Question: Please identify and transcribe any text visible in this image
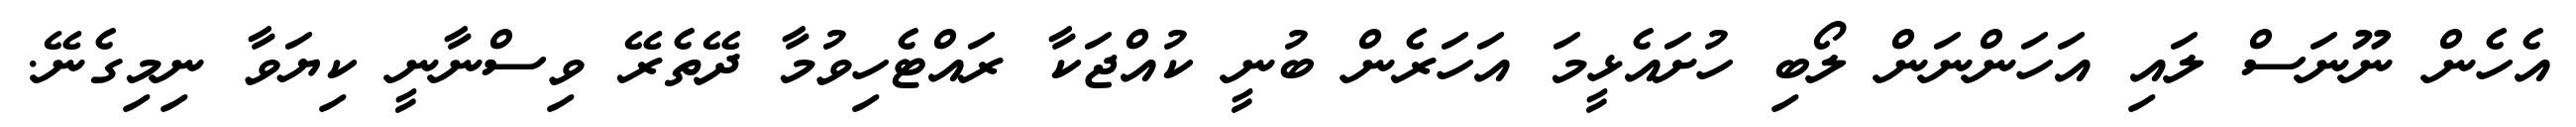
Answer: އެހެން ނޫނަސް ލައި އަހަންނަން ލޯބި ހުށައެޅީމަ އަހަރެން ބުނީ ކުއްޖަކާ ރައްޓެހިވުމާ ދޭތެރޭ ވިސްނާނީ ކިޔަވާ ނިމިގެނޭ.